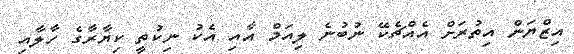
އިޒްޔަން އިތުރަށް އެއްޗެކޭޭ ނުބުނެ ލިއަމް އާއި އެކު ނިކުތީ ކިޔާރާގެ ހާލާއި